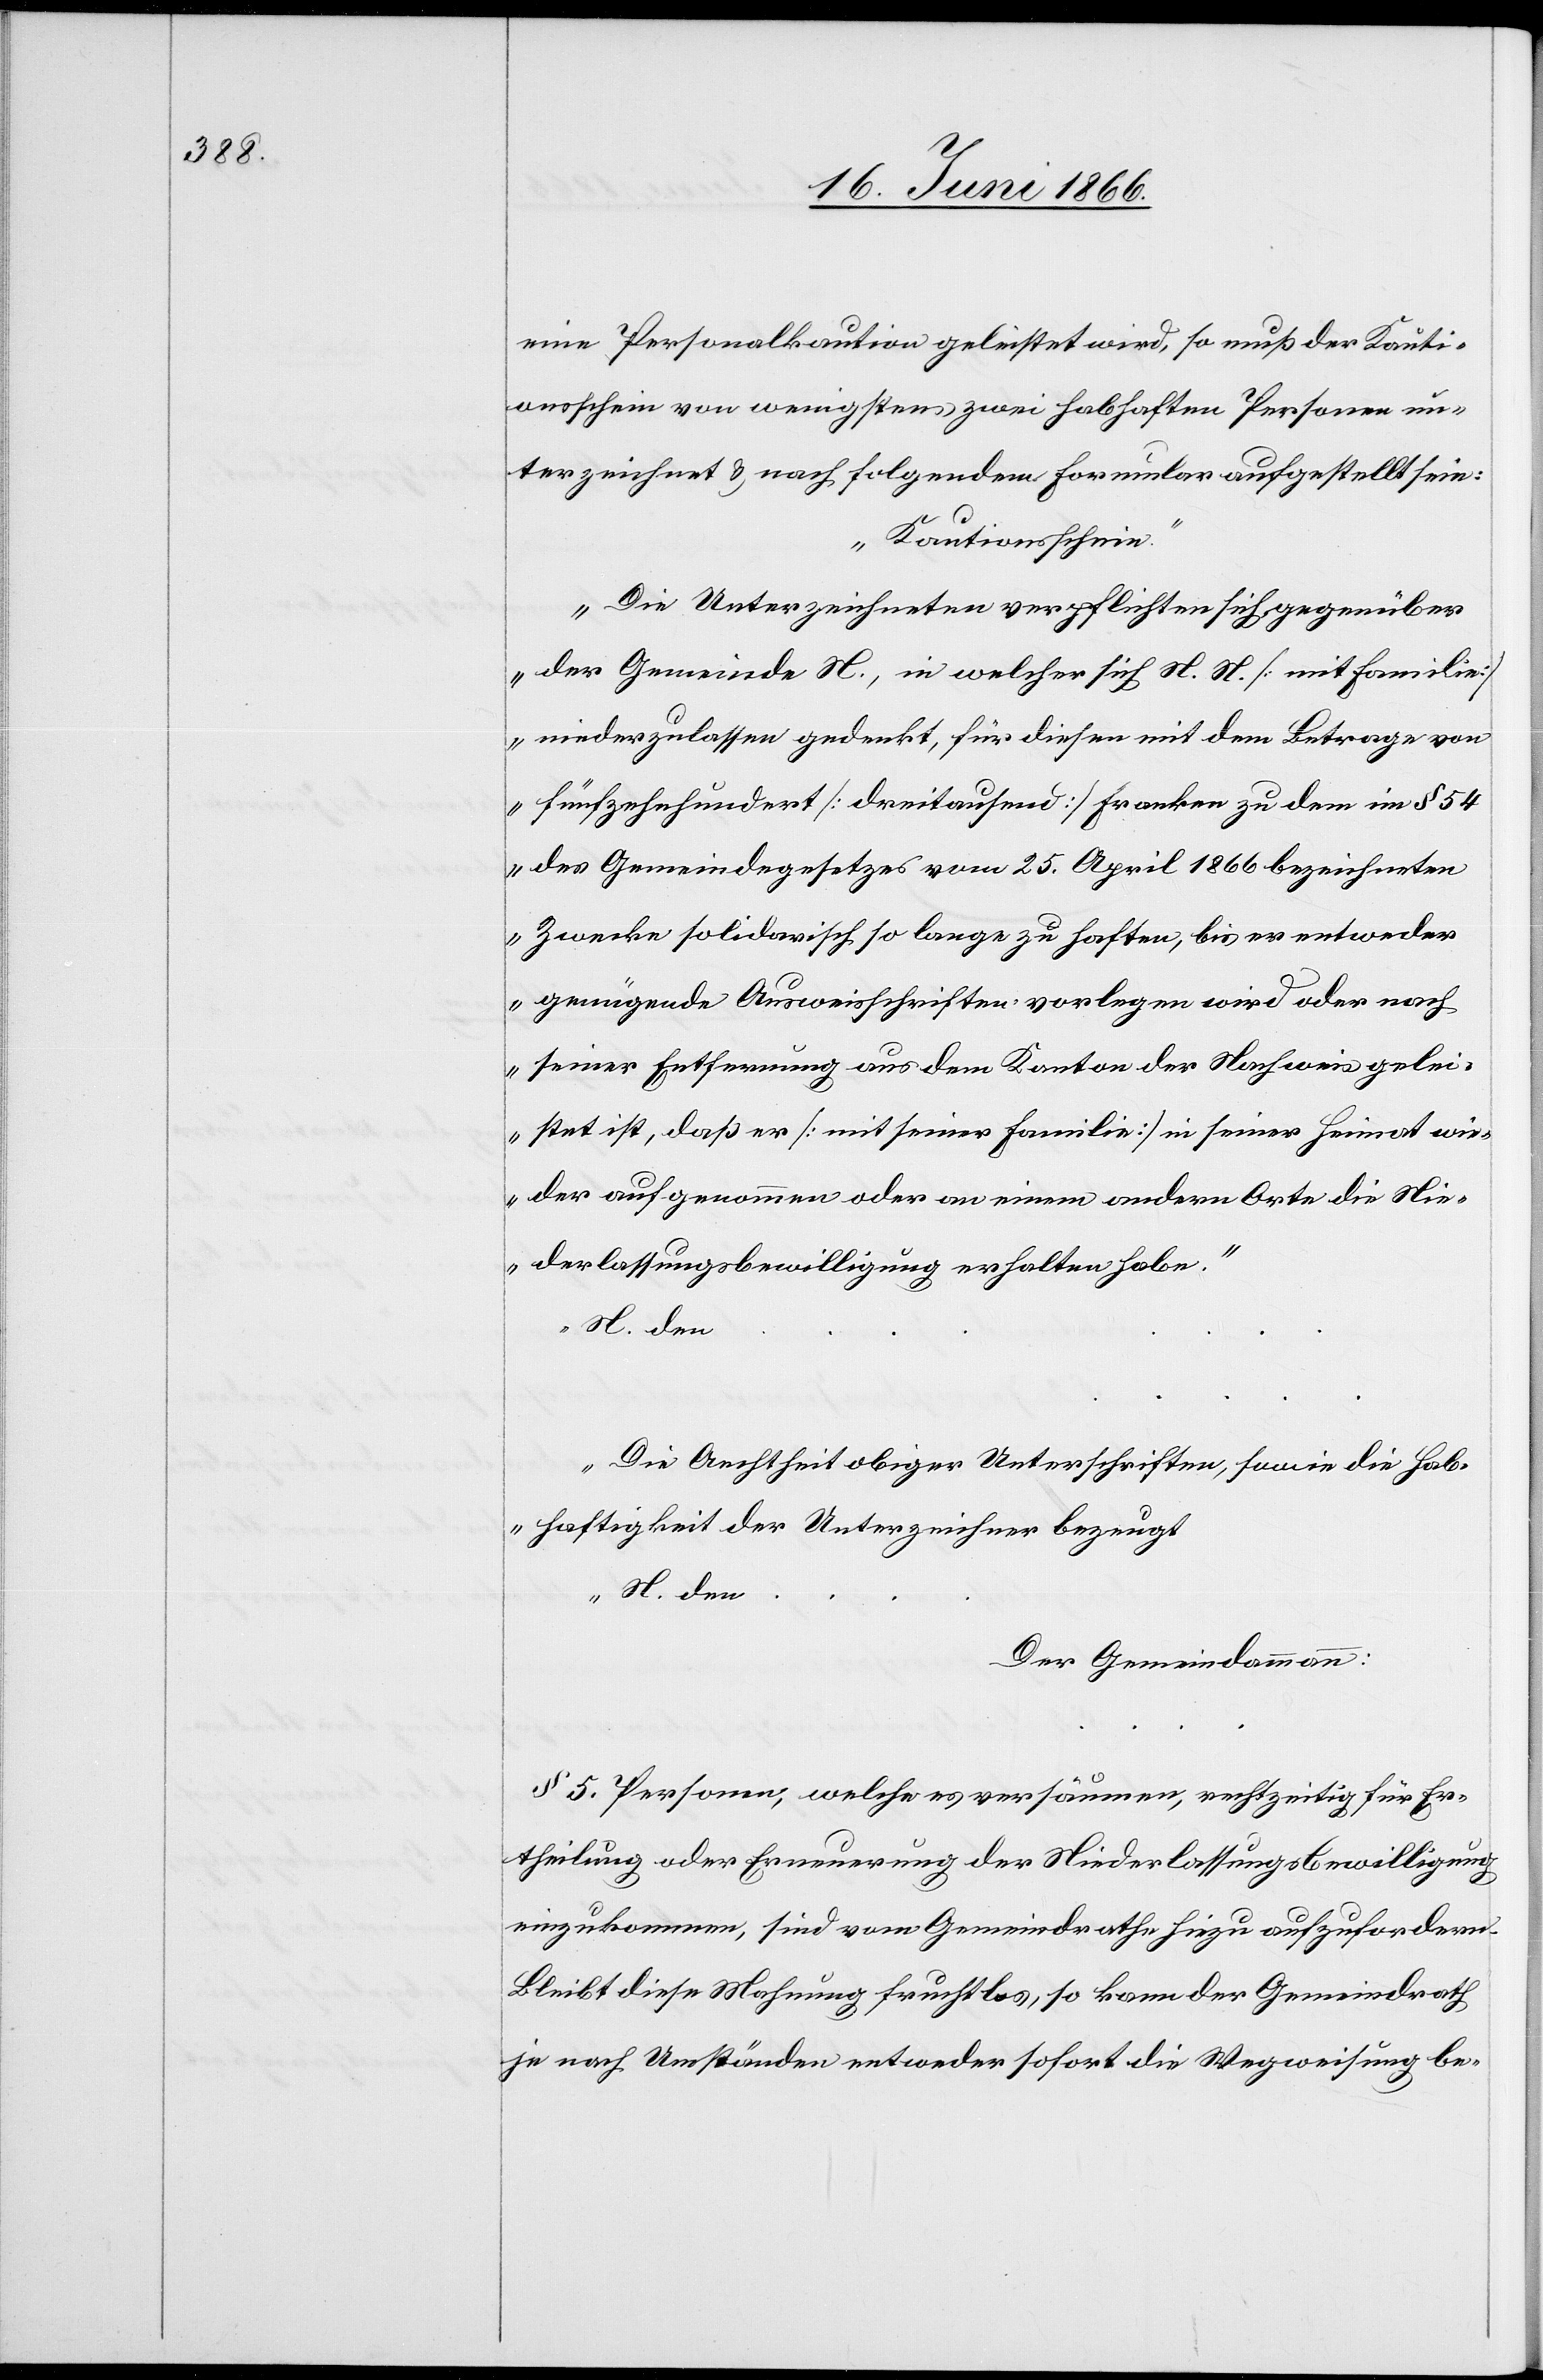
eine Personalkaution geleistet wird, so muß der Kauti¬
onsschein von wenigstens zwei habhaften Personen un¬
terzeichnet u. nach folgendem Formular aufgestellt sein:
„Kautionsschein.
Die Unterzeichneten verpflichten sich gegenüber
der Gemeinde N., in welcher sich N. N. [mit Familie]
niederzulassen gedenkt, für diesen mit dem Betrage von
fünfzehnhundert [dreitausend] Franken zu dem im § 54
des Gemeindegesetzes vom 25. April 1866 bezeichneten
Zwecke solidarisch so lange zu haften, bis er entweder
genügende Ausweisschriften vorlegen wird oder nach
seiner Entfernung aus dem Kanton der Nachweis gelei¬
stet ist, daß er [mit seiner Familie] in seiner Heimat wie¬
der aufgenommen oder an einem andern Orte die Nie¬
derlassungsbewilligung erhalten habe.
N. den
Die Aechtheit obiger Unterschriften, sowie die Hab¬
haftigkeit der Unterzeichner bezeugt
N. den…
Der Gemeindammann:
§ 5 Personen, welche es versäumen, rechtzeitig für Er¬
theilung oder Erneuerung der Niederlassungsbewilligung
einzukommen, sind vom Gemeindrathe hiezu aufzufordern.
Bleibt diese Mahnung fruchtlos, so kann der Gemeindrath
je nach Umständen entweder sofort die Wegweisung be-